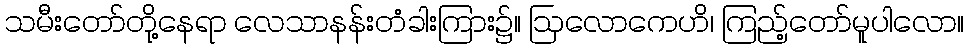
သမီးတော်တို့နေရာ လေသာနန်းတံခါးကြား၌။ ဩလောကေဟိ၊ ကြည့်တော်မူပါလော။